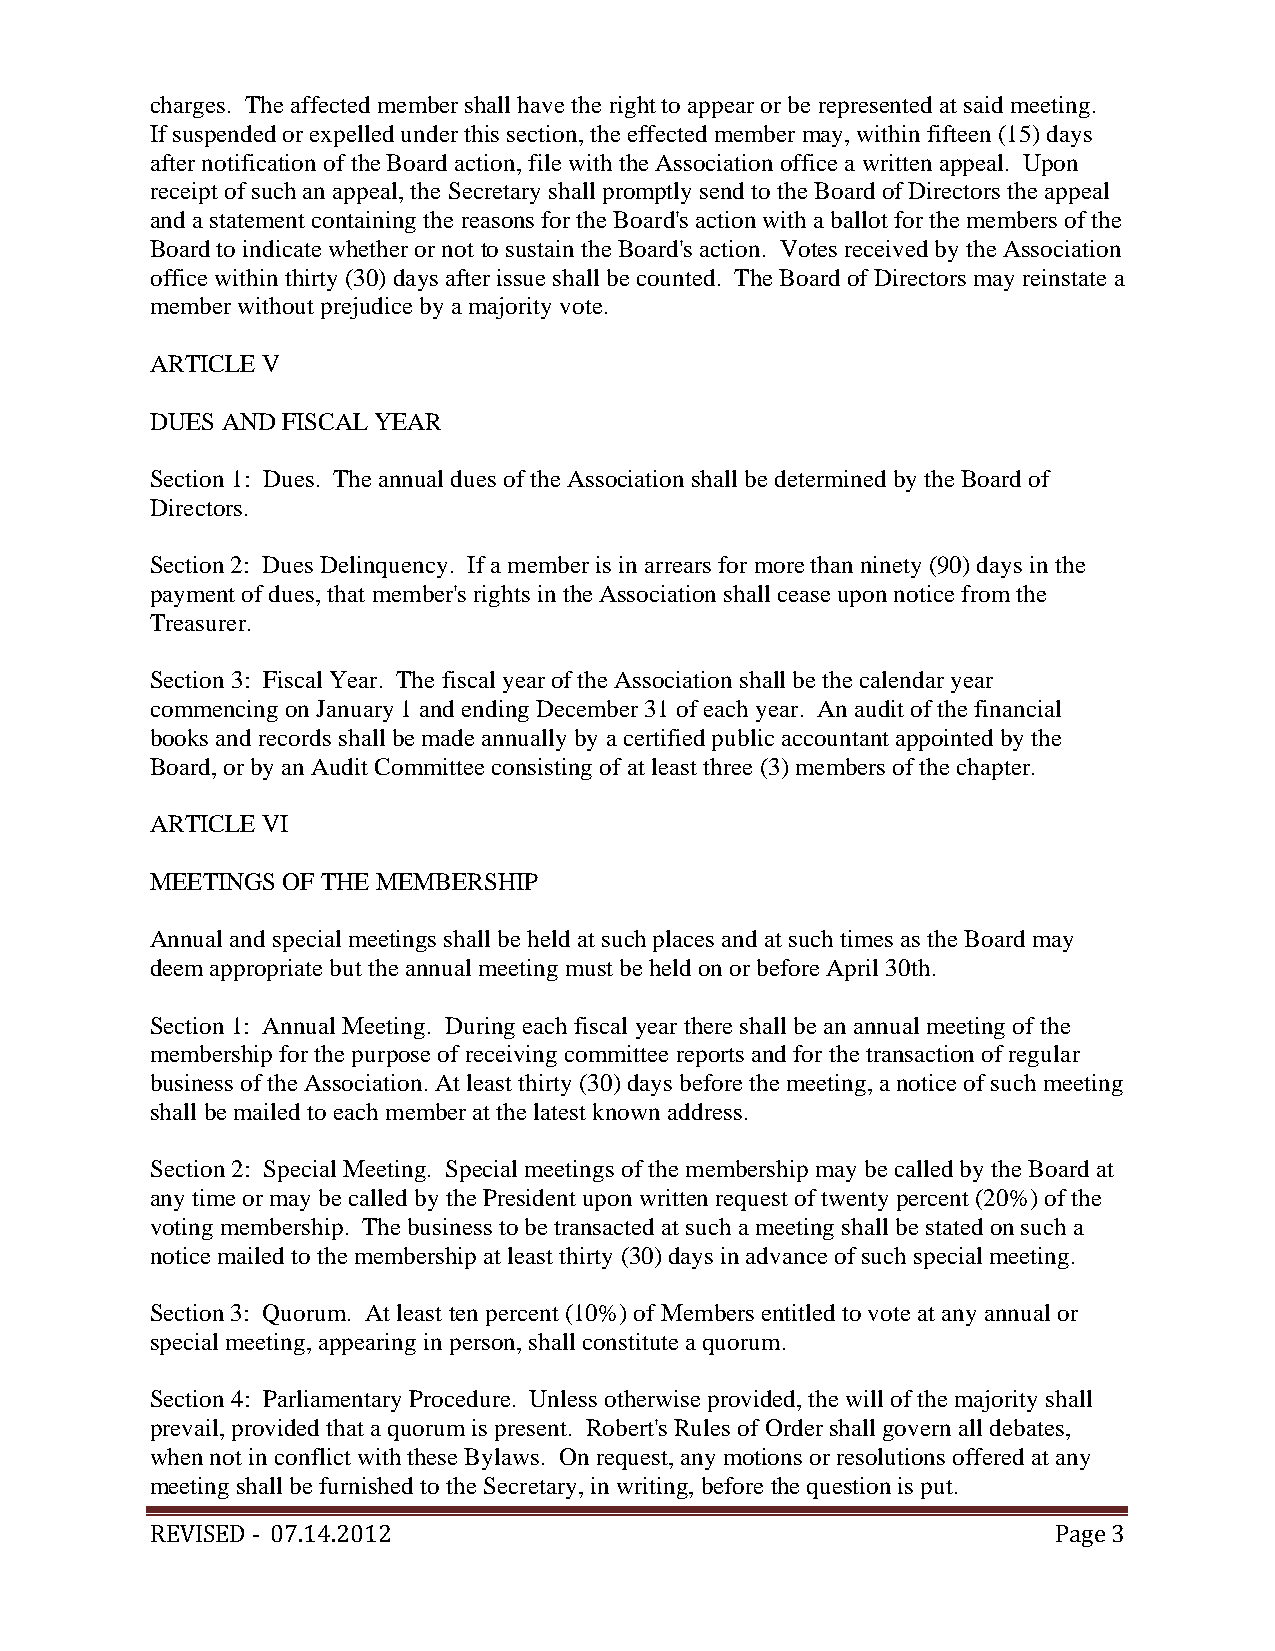
charges. The affected member shall have the right to appear or be represented at said meeting.
 If suspended or expelled under this section, the effected member may, within fifteen (15) days
 after notification of the Board action, file with the Association office a written appeal. Upon
 receipt of such an appeal, the Secretary shall promptly send to the Board of Directors the appeal
 and a statement containing the reasons for the Board's action with a ballot for the members of the
 Board to indicate whether or not to sustain the Board's action. Votes received by the Association
 office within thirty (30) days after issue shall be counted. The Board of Directors may reinstate a
 member without prejudice by a majority vote.
 ARTICLE V
 DUES AND FISCAL YEAR
 Section 1: Dues. The annual dues of the Association shall be determined by the Board of
 Directors.
 Section 2: Dues Delinquency. If a member is in arrears for more than ninety (90) days in the
 payment of dues, that member's rights in the Association shall cease upon notice from the
 Treasurer.
 Section 3: Fiscal Year. The fiscal year of the Association shall be the calendar year
 commencing on January 1 and ending December 31 of each year. An audit of the financial
 books and records shall be made annually by a certified public accountant appointed by the
 Board, or by an Audit Committee consisting of at least three (3) members of the chapter.
 ARTICLE VI
 MEETINGS OF THE MEMBERSHIP
 Annual and special meetings shall be held at such places and at such times as the Board may
 deem appropriate but the annual meeting must be held on or before April 30th.
 Section 1: Annual Meeting. During each fiscal year there shall be an annual meeting of the
 membership for the purpose of receiving committee reports and for the transaction of regular
 business of the Association. At least thirty (30) days before the meeting, a notice of such meeting
 shall be mailed to each member at the latest known address.
 Section 2: Special Meeting. Special meetings of the membership may be called by the Board at
 any time or may be called by the President upon written request of twenty percent (20%) of the
 voting membership. The business to be transacted at such a meeting shall be stated on such a
 notice mailed to the membership at least thirty (30) days in advance of such special meeting.
 Section 3: Quorum. At least ten percent (10%) of Members entitled to vote at any annual or
 special meeting, appearing in person, shall constitute a quorum.
 Section 4: Parliamentary Procedure. Unless otherwise provided, the will of the majority shall
 prevail, provided that a quorum is present. Robert's Rules of Order shall govern all debates,
 when not in conflict with these Bylaws. On request, any motions or resolutions offered at any
 meeting shall be furnished to the Secretary, in writing, before the question is put.
 REVISED ‐ 07.14.2012                                        Page 3